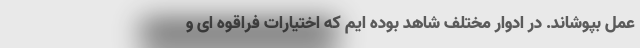
عمل بپوشاند. در ادوار مختلف شاهد بوده ایم که اختیارات فراقوه ای و